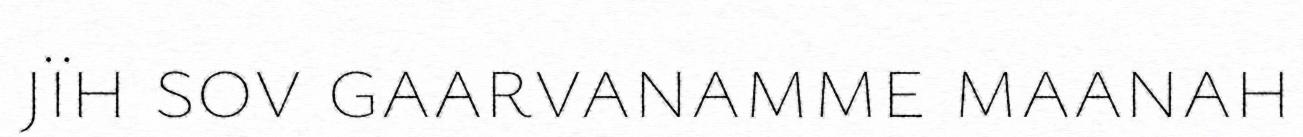
jïh sov gaarvanamme maanah